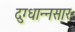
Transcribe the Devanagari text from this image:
दुग्धान्नसार